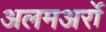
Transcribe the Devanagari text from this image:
अलमअर्रो